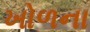
ખોળના